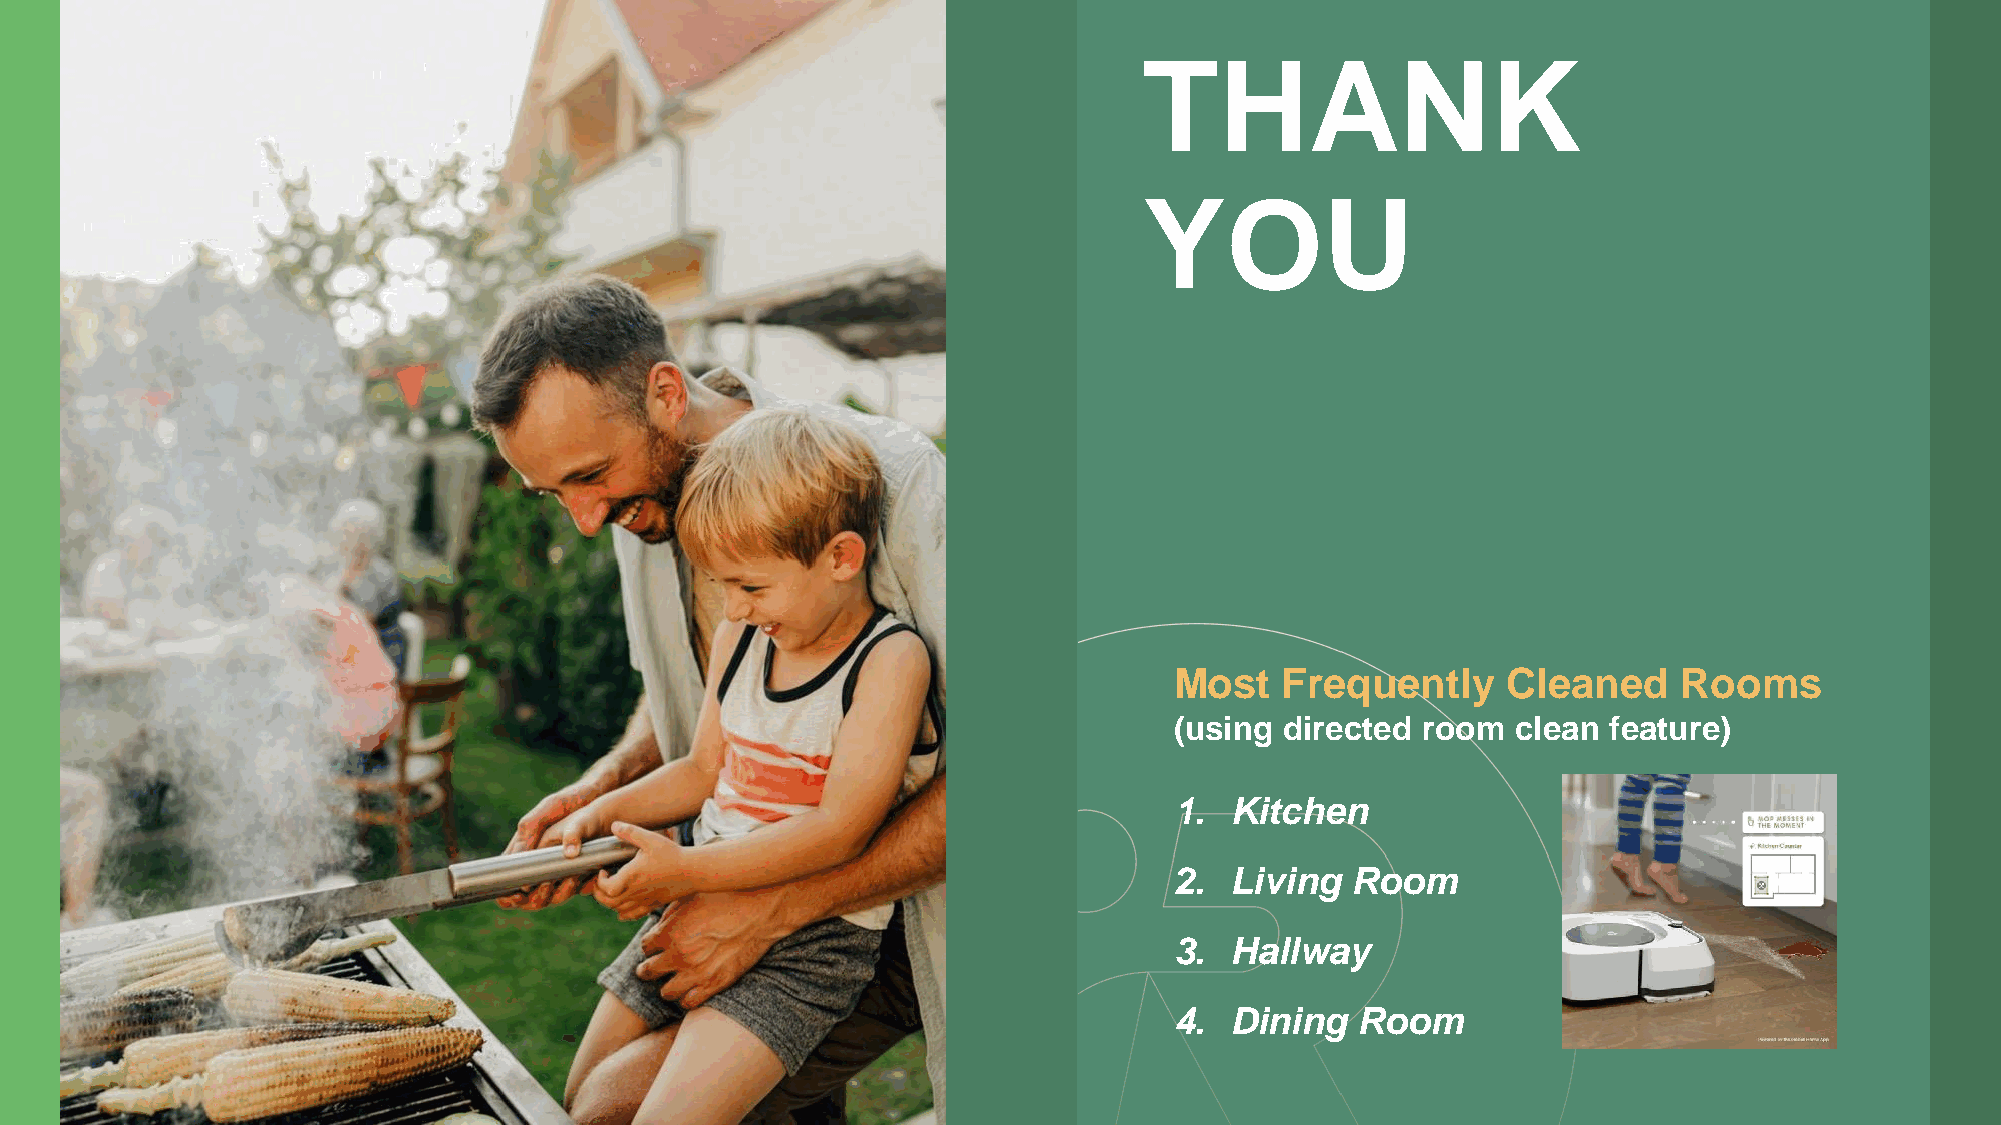
THANK
 YOU
 Most   Frequently     Cleaned    Rooms
 (using directed room  clean  feature)
 1. Kitchen
 2. Living  Room
 3. Hallway
 4. Dining   Room